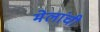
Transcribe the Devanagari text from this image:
मेलांची